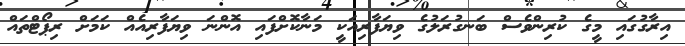
އިރާގުގައި މީގެ ކުރިންވެސް ބަނގުރަލުގެ ވިޔަފާރިއަކީ މަނާކޮށްފައި އޮންނަ ވިޔަފާރިއެއް ކަމަށް ރިޕޯޓްތައް